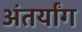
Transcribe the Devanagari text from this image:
अंतर्यांग